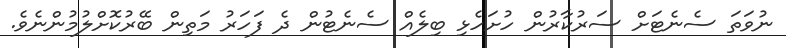
ނުވަތަ ސެނެޓަށް ސަރުކާރުން ހުށަހެޅި ބިލެއް ސެނެޓުން ދެ ފަހަރު މަތިން ބޭރުކޮށްލުމުންނެވެ.